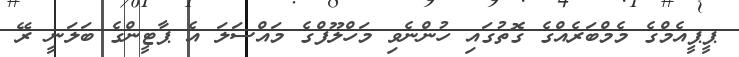
ޕީޕީއެމްގެ މެމްބަރެއްގެ ގޮތުގައި ހުންނެވި މަހްލޫފްގެ މައްސަލަ އެ ޕާޓީންގެ ބަލަނީ ރޭ